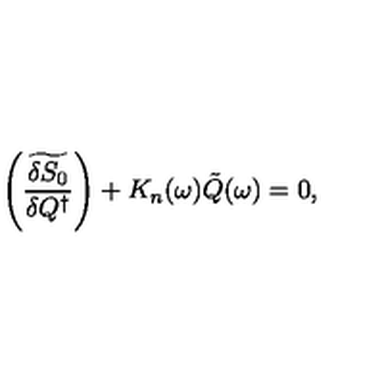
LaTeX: \left( \widetilde { \frac { \delta S _ { 0 } } { \delta Q ^ { \dagger } } } \right) + K _ { n } ( \omega ) \tilde { Q } ( \omega ) = 0 ,